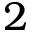
2